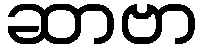
ဆာဗာ